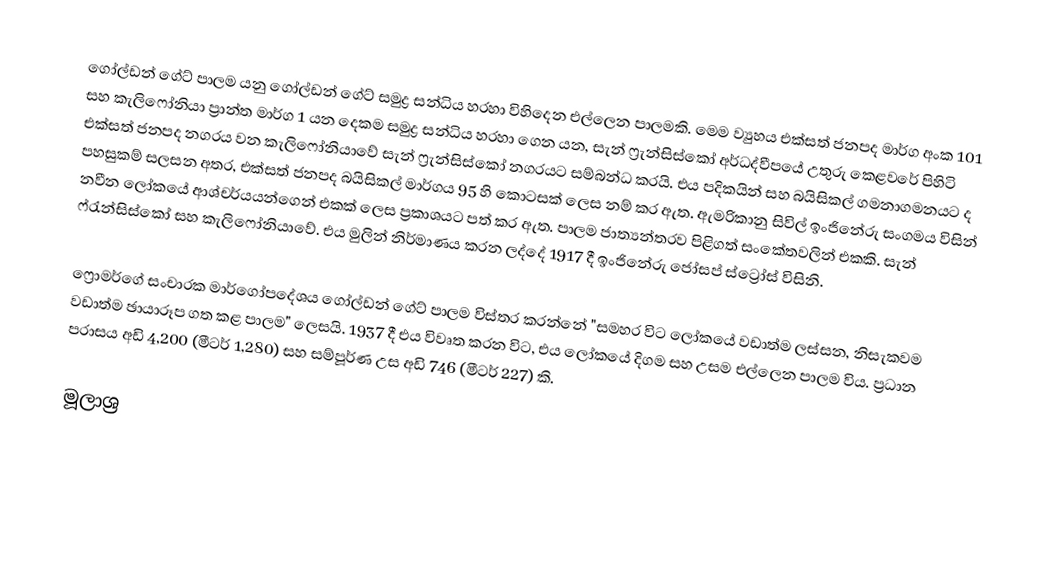
ගෝල්ඩන් ගේට් පාලම යනු ගෝල්ඩන් ගේට් සමුද්‍ර සන්ධිය හරහා විහිදෙන එල්ලෙන පාලමකි. මෙම ව්‍යුහය එක්සත් ජනපද මාර්ග අංක 101 සහ කැලිෆෝනියා ප්‍රාන්ත මාර්ග 1 යන දෙකම සමුද්‍ර සන්ධිය හරහා ගෙන යන, සැන් ෆ්‍රැන්සිස්කෝ අර්ධද්වීපයේ උතුරු කෙළවරේ පිහිටි එක්සත් ජනපද නගරය වන කැලිෆෝනියාවේ සැන් ෆ්‍රැන්සිස්කෝ නගරයට සම්බන්ධ කරයි. එය පදිකයින් සහ බයිසිකල් ගමනාගමනයට ද පහසුකම් සලසන අතර, එක්සත් ජනපද බයිසිකල් මාර්ගය 95 හි කොටසක් ලෙස නම් කර ඇත. ඇමරිකානු සිවිල් ඉංජිනේරු සංගමය විසින් නවීන ලෝකයේ ආශ්චර්යයන්ගෙන් එකක් ලෙස ප්‍රකාශයට පත් කර ඇත. පාලම ජාත්‍යන්තරව පිළිගත් සංකේතවලින් එකකි. සැන් ෆ්රැන්සිස්කෝ සහ කැලිෆෝනියාවේ. එය මුලින් නිර්මාණය කරන ලද්දේ 1917 දී ඉංජිනේරු ජෝසප් ස්ට්‍රෝස් විසිනි.

ෆ්‍රොමර්ගේ සංචාරක මාර්ගෝපදේශය ගෝල්ඩන් ගේට් පාලම විස්තර කරන්නේ "සමහර විට ලෝකයේ වඩාත්ම ලස්සන, නිසැකවම වඩාත්ම ඡායාරූප ගත කළ පාලම" ලෙසයි. 1937 දී එය විවෘත කරන විට, එය ලෝකයේ දිගම සහ උසම එල්ලෙන පාලම විය. ප්‍රධාන පරාසය අඩි 4,200 (මීටර් 1,280) සහ සම්පූර්ණ උස අඩි 746 (මීටර් 227) කි.

මූලාශ්‍ර